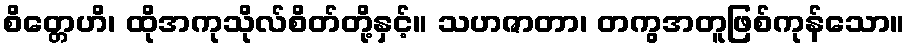
စိတ္တေဟိ၊ ထိုအကုသိုလ်စိတ်တို့နှင့်။ သဟဇာတာ၊ တကွအတူဖြစ်ကုန်သော။